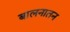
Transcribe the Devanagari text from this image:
बालनातन